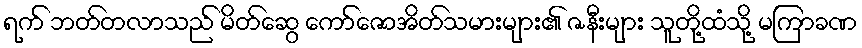
ရက် ဘတ်တလာသည် မိတ်ဆွေ ကော်ဇောအိတ်သမားများ၏ ဇနီးများ သူတို့ထံသို့ မကြာခဏ